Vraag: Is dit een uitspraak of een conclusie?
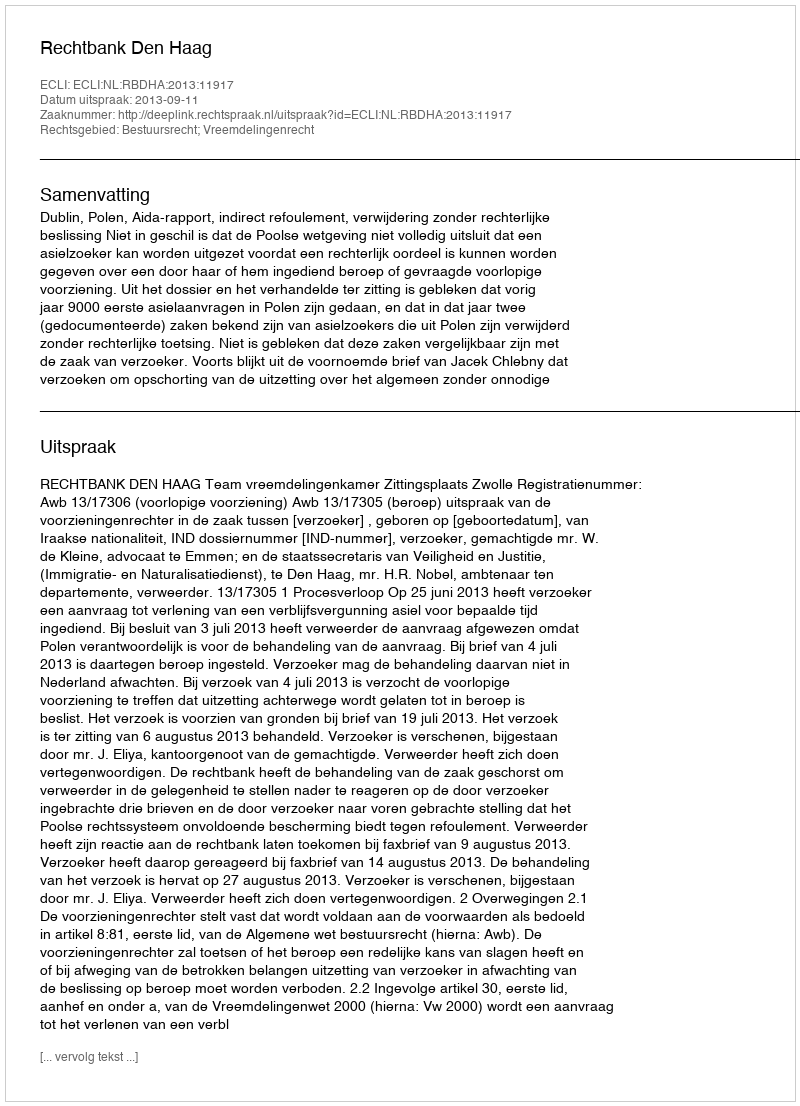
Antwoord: Uitspraak